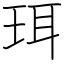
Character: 珥